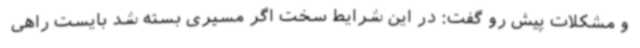
و مشکلات پیش رو گفت: در این شرایط سخت اگر مسیری بسته شد بایست راهی